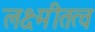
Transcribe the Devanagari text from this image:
लक्ष्मीतत्व